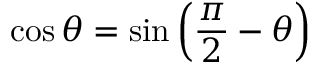
\cos \theta = \sin \left( { \frac { \pi } { 2 } } - \theta \right)